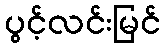
ပွင့်လင်းမြင်